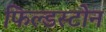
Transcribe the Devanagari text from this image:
फिल्डस्टोन